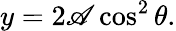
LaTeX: y=2\mathscr{A}\cos^{2}\theta.